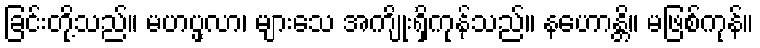
ခြင်းတို့သည်။ မဟပ္ဖလာ၊ များသေ အကျိုးရှိကုန်သည်။ နဟောန္တိ။ မဖြစ်ကုန်။